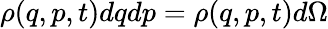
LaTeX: \rho(q,p,t)dqdp=\rho(q,p,t)d\Omega